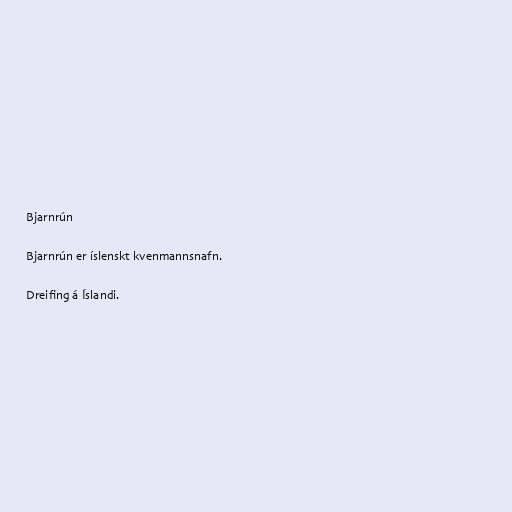
Bjarnrún

Bjarnrún er íslenskt kvenmannsnafn.

Dreifing á Íslandi.